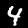
Label: 4